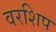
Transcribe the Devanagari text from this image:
वरशिप